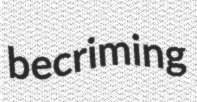
becriming